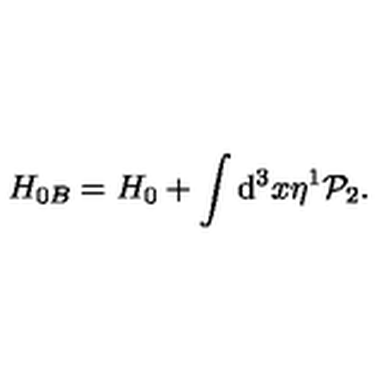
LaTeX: H _ { 0 B } = H _ { 0 } + \int \mathrm { d } ^ { 3 } x \eta ^ { 1 } \mathcal { P } _ { 2 } .